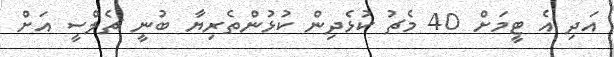
އަދި އެ ޓީމަށް 40 މެޗު ކުޅެދިން ކުޅުންތެރިޔާ ބުނީ ޗެލްސީ އަށް